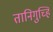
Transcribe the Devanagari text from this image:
तानिगुच्हि